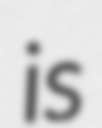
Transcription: is